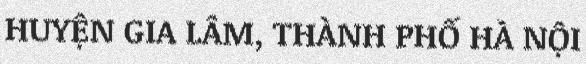
HUYỆN GIA LÂM, THÀNH PHỐ HÀ NỘI